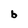
Character: b